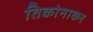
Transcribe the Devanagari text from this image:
तिकोनाकर